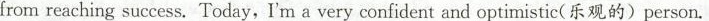
from reaching success. Today,I'm a very confident and optimistic( 乐观的)person.